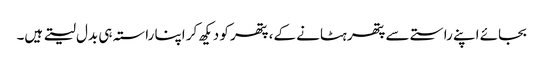
بجائے اپنے راستے سے پتھر ہٹانے کے، پتھر کو دیکھ کر اپنا راستہ ہی بدل لیتے ہیں۔